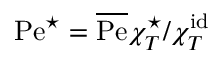
\mathrm { P e } ^ { \star } = \overline { { \mathrm { P e } } } \chi _ { T } ^ { \star } / \chi _ { T } ^ { \mathrm { i d } }